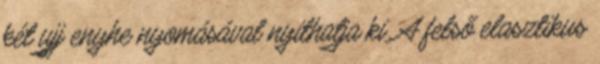
két ujj enyhe nyomásával nyithatja ki. A felső elasztikus